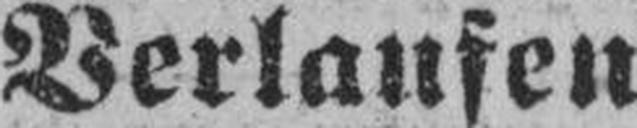
Verlaufen